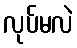
လုပ်မလဲ